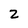
Character: 2